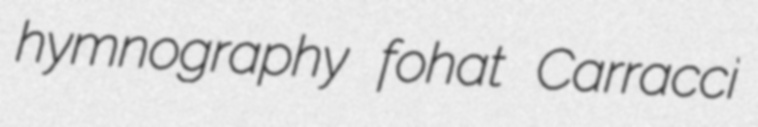
hymnography fohat Carracci